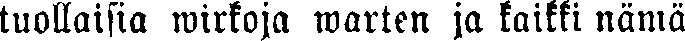
tuollaisia wirkoja warten ja kaikki nämä